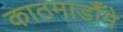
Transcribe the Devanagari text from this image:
काठमाडौँमे